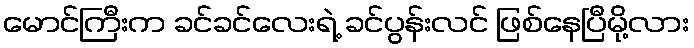
မောင်ကြီးက ခင်ခင်လေးရဲ့ ခင်ပွန်းလင် ဖြစ်နေပြီမို့လား